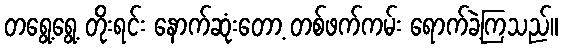
တရွေ့ရွေ့ တိုးရင်း နောက်ဆုံးတော့ တစ်ဖက်ကမ်း ရောက်ခဲ့ကြသည်။